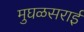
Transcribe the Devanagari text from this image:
मुघळसराई